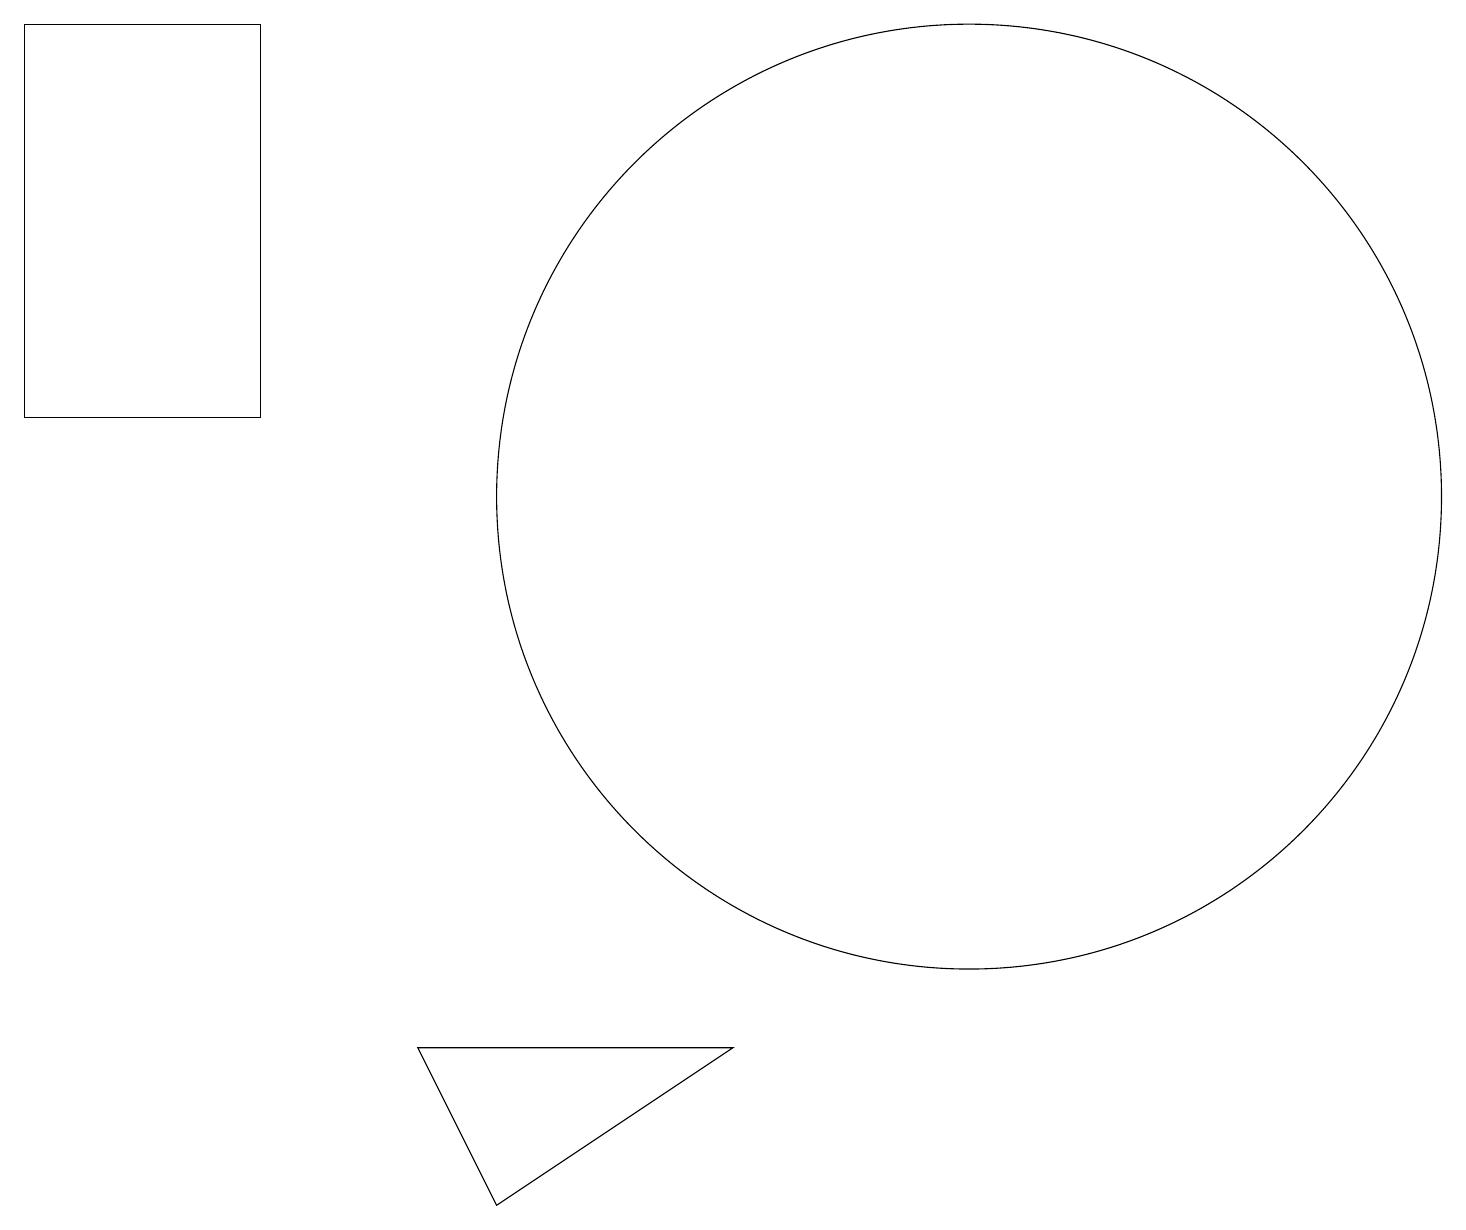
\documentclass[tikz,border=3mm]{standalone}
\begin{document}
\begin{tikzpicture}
\draw (0,17) rectangle (3,12);
\draw (6,2) -- (5,4) -- (9,4) -- cycle;
\draw (12,11) circle (6);
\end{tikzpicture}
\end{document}